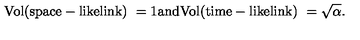
\mathrm { V o l ( s p a c e - l i k e l i n k ) \ = 1 a n d V o l ( t i m e - l i k e l i n k ) \ = \sqrt { \alpha } . }